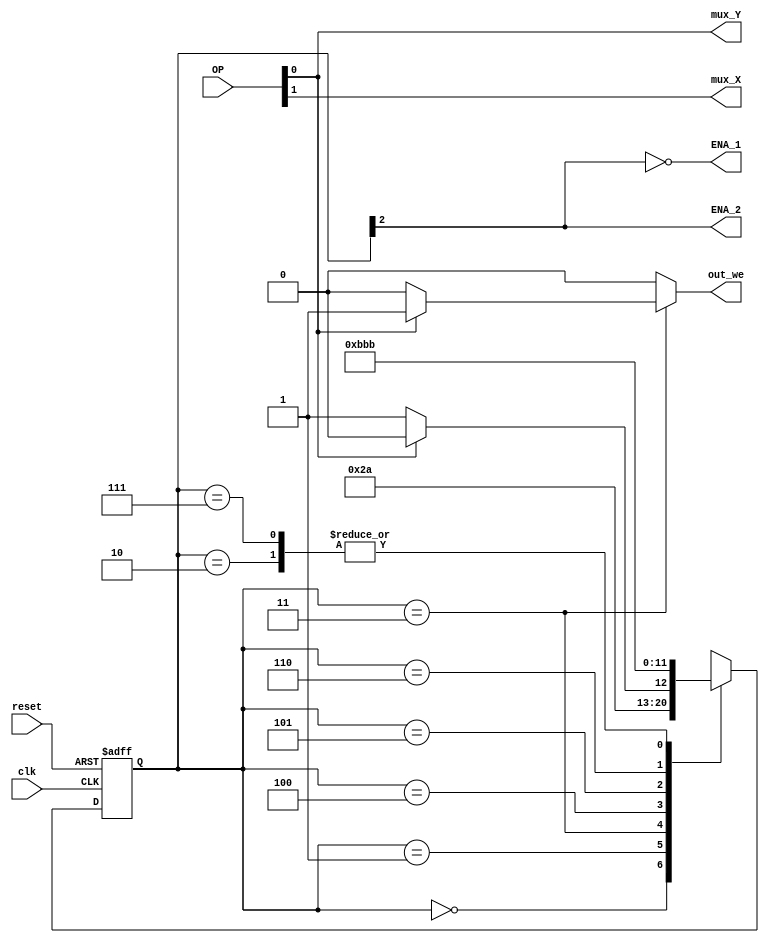
module Central(clk, OP, reset, mux_X, ENA_1, mux_Y, ENA_2, out_we);
	input		clk;
	input		reset;
	input		[2:0] OP;
	
	
	output reg	mux_X;
	output reg	mux_Y;
	output reg	ENA_1;
	output reg	ENA_2;
	output reg	out_we;

	reg [2:0] 	state;
	reg [2:0] 	nextstate;

	parameter	S0 = 3'b000;
	parameter	S1 = 3'b001;
	parameter	S2 = 3'b010;
	parameter	S3 = 3'b011;
	parameter	S4 = 3'b100;
	parameter	S5 = 3'b101;
	parameter	S6 = 3'b110;
	parameter	S7 = 3'b111;

// State Register

always @( * )
begin
	mux_X <= OP[1];
	mux_Y <= OP[0];
	ENA_2 <= state[2];
	ENA_1 <= ~state[2];
end
 
always @(negedge clk or posedge reset)
begin
	if (reset) 	state <= S0;
	else		state <= nextstate;
	
end
// Next State Logic

always @(state)
begin
	
	out_we <= 0;
	case (state)
		S0: 
			nextstate <= S1;
		S1: 
			nextstate <= S2;
		S2: 
			nextstate <= S3;
		S3:
			begin
				if(OP[0] == 1)
				begin
					nextstate <= S4;
					out_we <= 1;
				end
				else
					nextstate <= S5;
			end
		S4:
			nextstate <= S5;
		S5:
			nextstate <= S6;
		S6:
			nextstate <= S7;
		S7:
			nextstate <= S3;
		default: nextstate <= S0;
	endcase


	
end


// Output Logic

//assign out = (state == S2);

endmodule